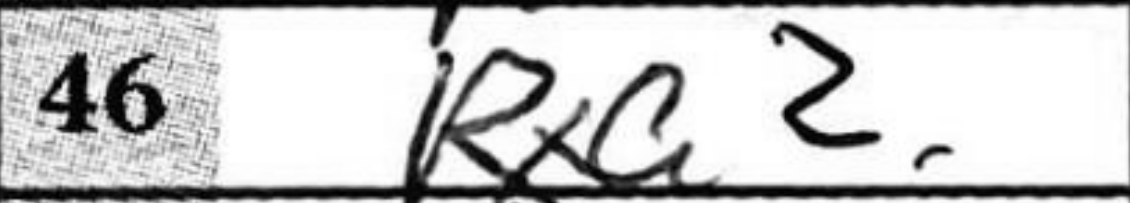
Transcription: Rxa2